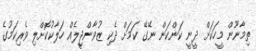
ތިމާނޫން މީހަކަށް ދީނީ ކަންކަން ނޭގޭ ކަމަށް ދެކި ޒުވާންޖީލެއް ހަލާކުކޮށްލި ވެރިކަމުގެ